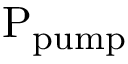
\mathrm { P _ { p u m p } }